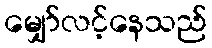
မျှော်လင့်နေသည်